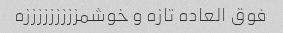
فوق العاده تازه و خوشمزززززززززه